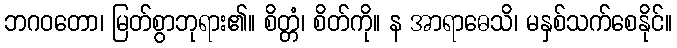
ဘဂဝတော၊ မြတ်စွာဘုရား၏။ စိတ္တံ၊ စိတ်ကို။ န အာရာဓေသိ၊ မနှစ်သက်စေနိုင်။